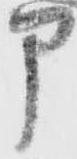
部